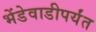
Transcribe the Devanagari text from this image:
भेंडेवाडीपर्यंत